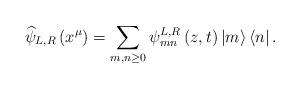
LaTeX: \begin{align*}\widehat{\psi }_{L,R}\left( x^{\mu }\right) =\sum _{m,n\geq 0}\psi ^{L,R}_{mn}\left( z,t\right) \left| m\right\rangle \left\langle n\right| .\end{align*}